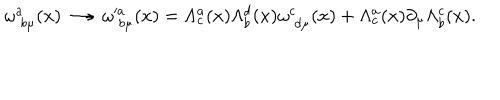
LaTeX: \omega _ { \; b \mu } ^ { a } ( x ) \longrightarrow \omega _ { \; b \mu } ^ { \prime a } ( x ) = \Lambda _ { c } ^ { a } ( x ) \Lambda _ { b } ^ { d } ( x ) \omega _ { \; d \mu } ^ { c } ( x ) + \Lambda _ { c } ^ { a } ( x ) \partial _ { \mu } \Lambda _ { b } ^ { c } ( x ) .